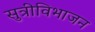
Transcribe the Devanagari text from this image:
सुत्रीविभाजन